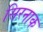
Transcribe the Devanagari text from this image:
सिरनाक